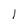
Character: l